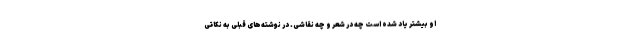
او بیشتر یاد شده است چه در شعر و چه نقاشی. در نوشته‌های قبلی به نکاتی